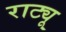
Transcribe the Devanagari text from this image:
राट्यू